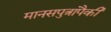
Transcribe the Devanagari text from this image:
मानसपुत्रांपैकी